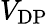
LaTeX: V_{\mathrm{DP}}